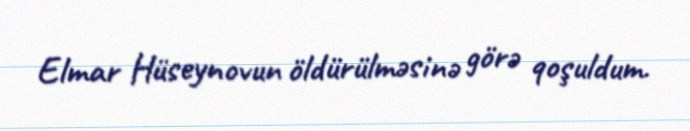
Elmar Hüseynovun öldürülməsinə görə qoşuldum.